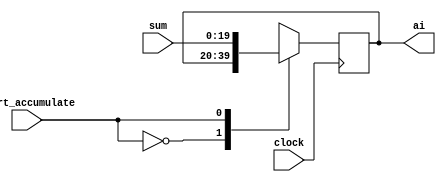
module result(input clock
            , input [19:0] sum
            , input start_accumulate
            , output reg [19:0] ai);

reg [19:0] mux_out;
 
always@(posedge clock)
begin
    ai <= mux_out;
end

always@(*)
begin
    case(start_accumulate)
        1'b0: mux_out = ai;
        1'b1: mux_out = sum;
    endcase
end

endmodule